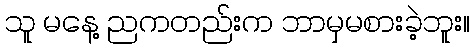
သူ မနေ့ ညကတည်းက ဘာမှမစားခဲ့ဘူး။